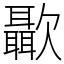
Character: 㱌